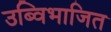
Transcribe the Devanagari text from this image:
उब्विभाजित